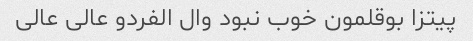
پیتزا بوقلمون خوب نبود وال الفردو عالی عالی